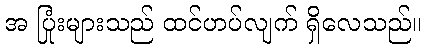
အ ပြုံးများသည် ထင်ဟပ်လျက် ရှိလေသည်။